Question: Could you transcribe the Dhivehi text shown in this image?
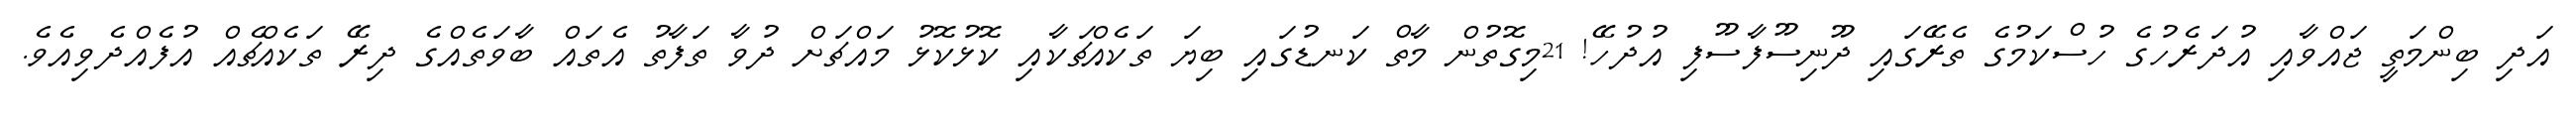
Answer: އަދި ބިންމަތީ ޖައްވާއި އުދަރެހުގެ ހުސްކަމުގެ ތެރޭގައި ދޫނިސޫފާސޫފި އުދުހޭ! 21މިގޮތުން މާތް ކަނޑުގައި ބިޔަ ތަކެއްޗަކާއި ކޮޅުކޮޅު މައްޗަށް ދުވާ ތަފާތު އެތައް ބާވަތެއްގެ ދިރޭ ތަކެއްޗެއް އުފެއްދެވިއެވެ.